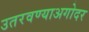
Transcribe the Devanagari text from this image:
उतरवण्याअगोदर